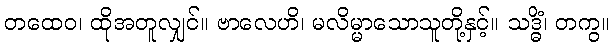
တထေဝ၊ ထိုအတူလျှင်။ ဗာလေဟိ၊ မလိမ္မာသောသူတို့နှင့်။ သဒ္ဓိံ၊ တကွ။